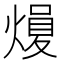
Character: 𪹢